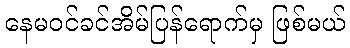
နေမဝင်ခင်အိမ်ပြန်ရောက်မှ ဖြစ်မယ်